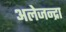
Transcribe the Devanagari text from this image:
अलेजन्द्रा